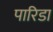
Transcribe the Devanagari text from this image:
पारिडा